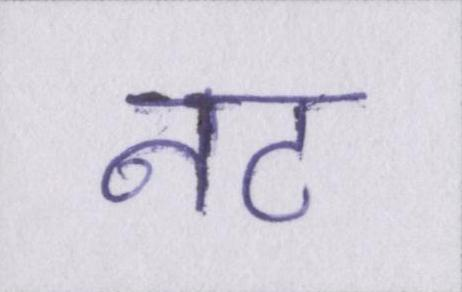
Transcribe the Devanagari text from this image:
नट